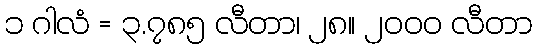
၁ ဂါလံ = ၃.၇၈၅ လီတာ၊ ၂၈။ ၂၀၀၀ လီတာ